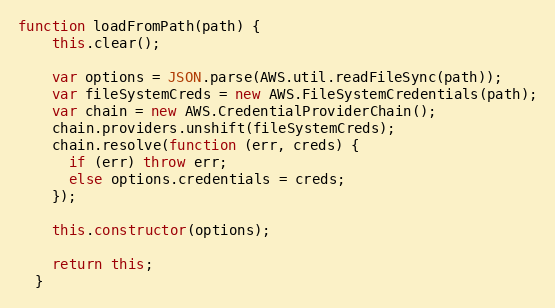
Language: JavaScript
function loadFromPath(path) {
    this.clear();

    var options = JSON.parse(AWS.util.readFileSync(path));
    var fileSystemCreds = new AWS.FileSystemCredentials(path);
    var chain = new AWS.CredentialProviderChain();
    chain.providers.unshift(fileSystemCreds);
    chain.resolve(function (err, creds) {
      if (err) throw err;
      else options.credentials = creds;
    });

    this.constructor(options);

    return this;
  }